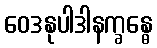
ဝေဒနုပါဒါနက္ခန္ဓေ